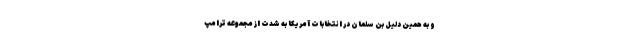
و به همین دلیل بن سلمان در انتخابات آمریکا به شدت از مجموعه ترامپ